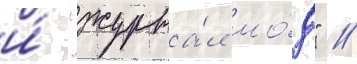
и́ "журна́л мо́д" //